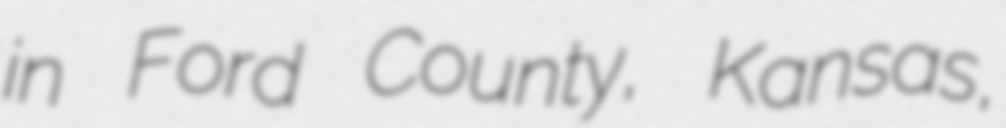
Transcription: in Ford County, Kansas,